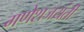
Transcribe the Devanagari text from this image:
गणेशजयंती